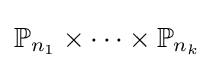
\mathbb {P} _{n_{1}}\times \cdots \times \mathbb {P} _{n_{k}}